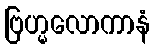
ဗြဟ္မလောကာနံ